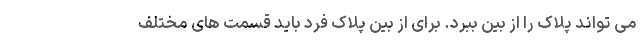
می تواند پلاک را از بین ببرد. برای از بین پلاک فرد باید قسمت های مختلف